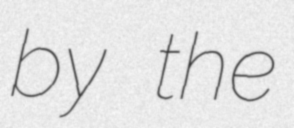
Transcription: by the